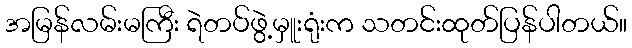
အမြန်လမ်းမကြီး ရဲတပ်ဖွဲ့မှူးရုံးက သတင်းထုတ်ပြန်ပါတယ်။